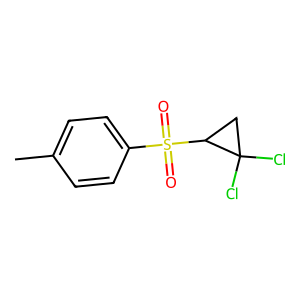
SMILES: Cc1ccc(S(=O)(=O)C2CC2(Cl)Cl)cc1
Inhibits HIV replication: No